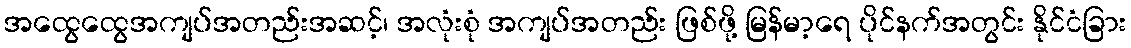
အထွေထွေအကျပ်အတည်းအဆင့်၊ အလုံးစုံ အကျပ်အတည်း ဖြစ်ဖို့ မြန်မာ့ရေ ပိုင်နက်အတွင်း နိုင်ငံခြား